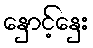
နှောင့်နှေး